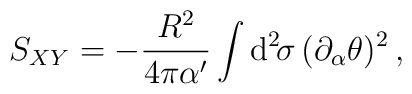
S_{XY} = -\frac{R^2}{4\pi\alpha^\prime}\int\mbox{d}^2\!\sigma\,(\partial_\alpha\theta)^2\, ,